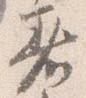
着